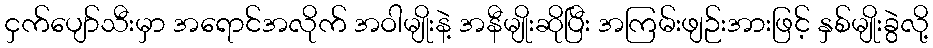
ငှက်ပျော်သီးမှာ အရောင်အလိုက် အဝါမျိုးနဲ့ အနီမျိုးဆိုပြီး အကြမ်းဖျဉ်းအားဖြင့် နှစ်မျိုးခွဲလို့